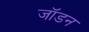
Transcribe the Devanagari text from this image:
जॉडन